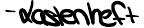
- Lastenheft